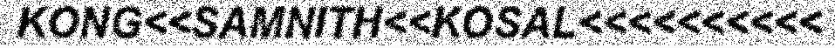
KONG<<SAMNITH<<KOSAL<<<<<<<<<<